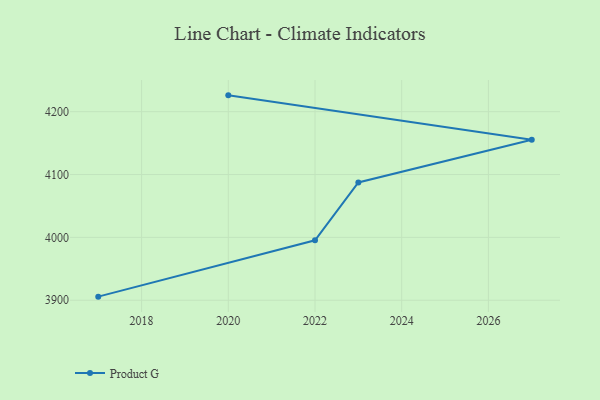
{"axis": {"x": "Year", "y": "Website Visitors"}, "legend": ["Product G"], "data": [{"x": "2020", "y": 4226.0, "type": "Product G"}, {"x": "2027", "y": 4155.4, "type": "Product G"}, {"x": "2023", "y": 4087.4, "type": "Product G"}, {"x": "2022", "y": 3995.4, "type": "Product G"}, {"x": "2017", "y": 3905.7, "type": "Product G"}]}